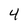
Character: 4